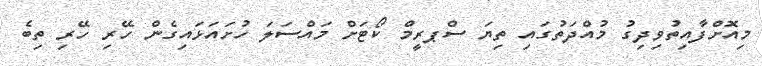
މިއޮށްފާއިތުވިދިގު މުއްދަތުގައި ތިޔަ ސްޕރީމް ކޯޓަށް މައްސަލަ ހުށައަޅައިގެން ހޭރި ހޭރި ތިބެ